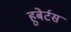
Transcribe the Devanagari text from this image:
हुबेर्टस